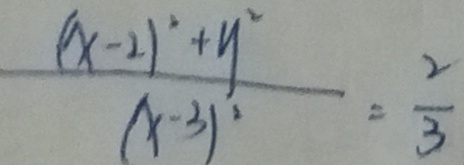
\frac { ( x - 2 ) ^ { 2 } + y ^ { 2 } } { ( x - 3 ) ^ { 2 } } = \frac { 2 } { 3 }